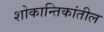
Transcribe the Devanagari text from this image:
शोकान्तिकांतील